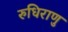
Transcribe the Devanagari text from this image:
रुधिराणु